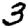
Digit: 3